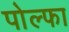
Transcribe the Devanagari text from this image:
पोल्फा